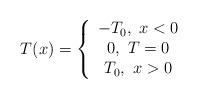
LaTeX: \begin{align*}T(x)=\left\{ \begin{array}{ccc} -T_0 , \ x< 0 \\ 0 , \ T=0 \\ T_0 , \ x>0 \\\end{array}\right.\end{align*}